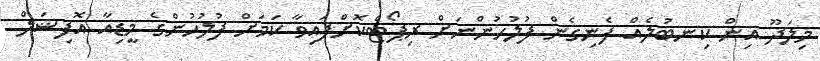
މިލަދޫ އިން ކިނބުލެއް ފެނިގެން ފުލުހުންނަށް ރިޕޯޓްކޮށްފައިވާ ކަމަށް ފުލުހުންގެ މީޑިއާ އޮފިޝަލް